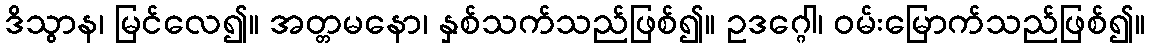
ဒိသွာန၊ မြင်လေ၍။ အတ္တမနော၊ နှစ်သက်သည်ဖြစ်၍။ ဥဒဂ္ဂေါ၊ ဝမ်းမြောက်သည်ဖြစ်၍။